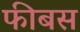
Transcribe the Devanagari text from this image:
फीबस